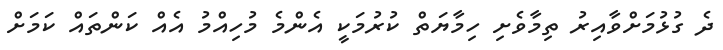
ދެ ގުޅުމަށްވާއިރު ތިމާވެށި ހިމާޔަތް ކުރުމަކީ އެންމެ މުހިއްމު އެއް ކަންތައް ކަމަށް